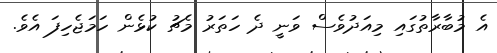
އެ މުބާރާތުގައި މިއަދުވެސް ވަނީ ދެ ހަތަރު މެޗު ކުޅެން ހަމަޖެހިފަ އެވެ.